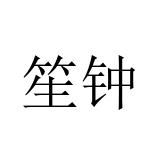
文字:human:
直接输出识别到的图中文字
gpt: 笙钟